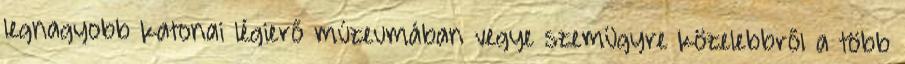
legnagyobb katonai légierő múzeumában vegye szemügyre közelebbről a több